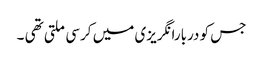
جس کو دربارانگریزی میں کرسی ملتی تھی ۔